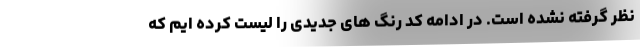
نظر گرفته نشده است. در ادامه کد رنگ های جدیدی را لیست کرده ایم که